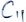
Text: C11